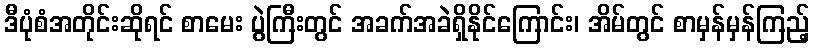
ဒီပုံစံအတိုင်းဆိုရင် စာမေး ပွဲကြီးတွင် အခက်အခဲရှိနိုင်ကြောင်း၊ အိမ်တွင် စာမှန်မှန်ကြည့်